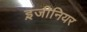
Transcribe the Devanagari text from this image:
इ़जीनियर